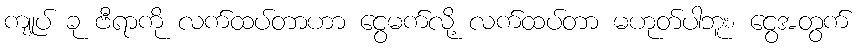
ကျုပ် ခု ဗီရာကို လက်ထပ်တာဟာ ငွေမက်လို့ လက်ထပ်တာ မဟုတ်ပါဘူး၊ ငွေအတွက်